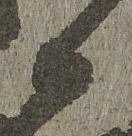
候